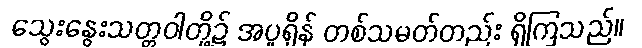
သွေးနွေးသတ္တဝါတို့၌ အပူရှိန် တစ်သမတ်တည်း ရှိကြသည်။